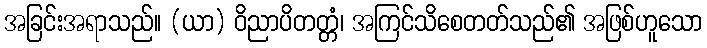
အခြင်းအရာသည်။ (ယာ) ဝိညာပိတတ္တံ၊ အကြင်သိစေတတ်သည်၏ အဖြစ်ဟူသော